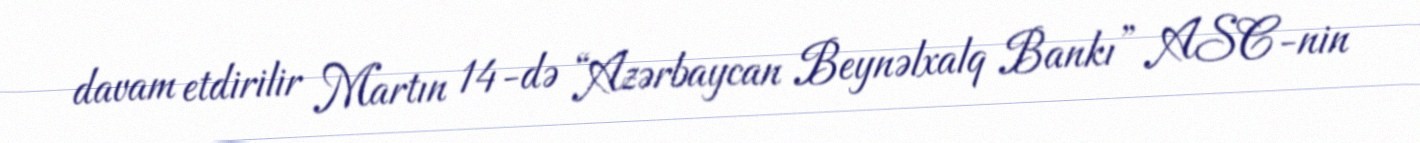
davam etdirilir Martın 14-də “Azərbaycan Beynəlxalq Bankı” ASC-nin